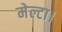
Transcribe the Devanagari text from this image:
मेल्टा।